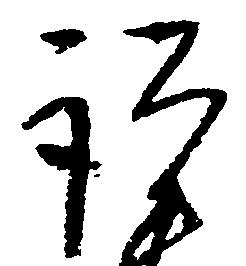
謹